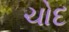
ચોદ